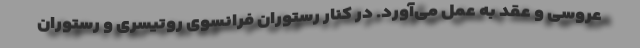
عروسی و عقد به عمل می‌آورد. در کنار رستوران فرانسوی روتیسری و رستوران